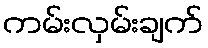
ကမ်းလှမ်းချက်